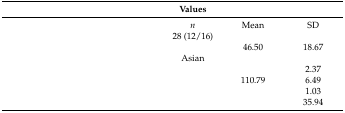
<table><thead><tr><td>[EMPTY_CELL]</td><td><b>Values</b></td><td>[EMPTY_CELL]</td><td>[EMPTY_CELL]</td></tr></thead><tbody><tr><td>[EMPTY_CELL]</td><td><i>n</i></td><td>Mean</td><td>SD</td></tr><tr><td>[EMPTY_CELL]</td><td>28 (12/16)</td><td>[EMPTY_CELL]</td><td>[EMPTY_CELL]</td></tr><tr><td>[EMPTY_CELL]</td><td>[EMPTY_CELL]</td><td>46.50</td><td>18.67</td></tr><tr><td>[EMPTY_CELL]</td><td>Asian</td><td>[EMPTY_CELL]</td><td>[EMPTY_CELL]</td></tr><tr><td>[EMPTY_CELL]</td><td>[EMPTY_CELL]</td><td>[EMPTY_CELL]</td><td>2.37</td></tr><tr><td>[EMPTY_CELL]</td><td>[EMPTY_CELL]</td><td>110.79</td><td>6.49</td></tr><tr><td>[EMPTY_CELL]</td><td>[EMPTY_CELL]</td><td>[EMPTY_CELL]</td><td>1.03</td></tr><tr><td>[EMPTY_CELL]</td><td>[EMPTY_CELL]</td><td>[EMPTY_CELL]</td><td>35.94</td></tr></tbody></table>